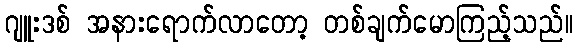
ဂျူးဒစ် အနားရောက်လာတော့ တစ်ချက်မောကြည့်သည်။